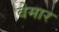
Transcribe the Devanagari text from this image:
वेमार